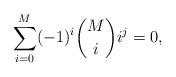
LaTeX: \begin{align*}\sum^{M}_{i=0}(-1)^i {M \choose i} i^{j}=0,\end{align*}